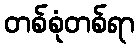
တစ်စုံတစ်ရာ